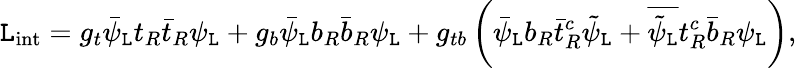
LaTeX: {\cal\mathtt{L}}_{\mathrm{{int}}}=g_{t}\bar{{\psi}}_{\mathtt{L}}t_{R}\bar{{t}}_{R}\psi_{\mathtt{L}}+g_{b}\bar{{\psi}}_{\mathtt{L}}b_{R}\bar{{b}}_{R}\psi_{\mathtt{L}}+g_{tb}\left(\bar{{\psi}}_{\mathtt{L}}b_{R}\bar{{t}}_{R}^{c}\tilde{{\psi}}_{\mathtt{L}}+\overline{{{{\tilde{{\psi}}_{\mathtt{L}}}}}}t_{R}^{c}\bar{{b}}_{R}\psi_{\mathtt{L}}\right),